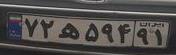
۷۲ه۵۹۴۹۱